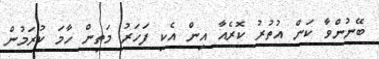
ބޭނުންވާ ކަން އުތުރު ކޮރެއާ އިން އެކި ފަހަރު މަތިން ހާމަ ކުރަމުން